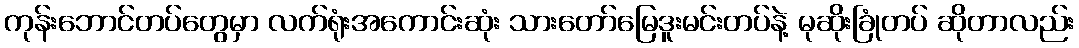
ကုန်းဘောင်တပ်တွေမှာ လက်ရုံးအကောင်းဆုံး သားတော်မြေဒူးမင်းတပ်နဲ့ မုဆိုးခြုံတပ် ဆိုတာလည်း